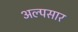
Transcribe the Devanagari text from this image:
अल्पसार